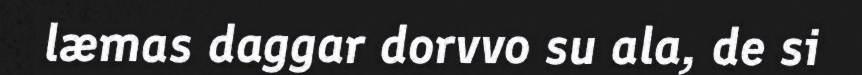
læmas daggar dorvvo su ala, de si